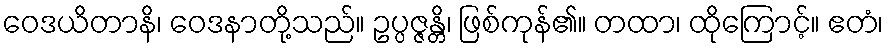
ဝေဒယိတာနိ၊ ဝေဒနာတို့သည်။ ဥပ္ပဇ္ဇန္တိ၊ ဖြစ်ကုန်၏။ တထာ၊ ထိုကြောင့်။ ဧတံ၊